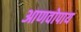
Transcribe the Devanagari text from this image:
आणवोपाय